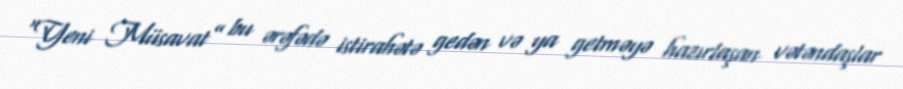
“Yeni Müsavat” bu ərəfədə istirahətə gedən və ya getməyə hazırlaşan vətəndaşlar